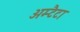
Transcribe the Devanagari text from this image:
अम्टैटा